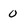
Character: 0